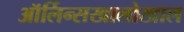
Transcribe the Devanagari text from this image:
ऑर्लिन्सखालोखाल